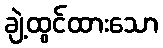
ချဲ့ထွင်ထားသော